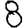
Digit: 8